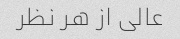
عالی از هر نظر